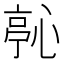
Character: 𭝵